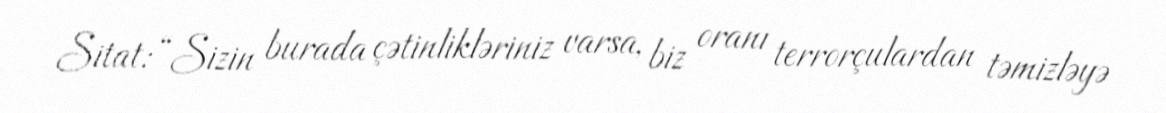
Sitat: “Sizin burada çətinlikləriniz varsa, biz oranı terrorçulardan təmizləyə